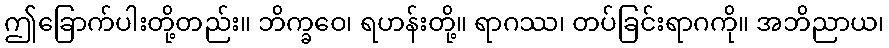
ဤခြောက်ပါးတို့တည်း။ ဘိက္ခဝေ၊ ရဟန်းတို့။ ရာဂဿ၊ တပ်ခြင်းရာဂကို။ အဘိညာယ၊